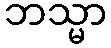
ဘသ္မာ